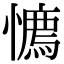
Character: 𢢘